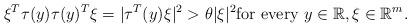
LaTeX: \begin{align*} \xi ^T\tau(y) \tau(y)^T \xi =|\tau^T(y) \xi |^2 >\theta|\xi|^2\mbox{for every}\, \, y\in \mathbb{R} , \xi \in \mathbb{R}^m.\end{align*}